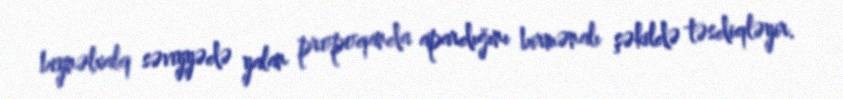
beynəlxalq səviyyədə yalan propoqanda apardığını birmənalı şəkildə təsdiqləyir.